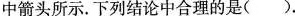
中箭头所示。下列结论中合理的是 ( ).